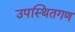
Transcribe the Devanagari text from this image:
उपस्थितगण